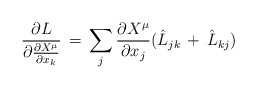
\begin{align*}\frac{\partial L}{\partial \frac{\partial X^\mu}{\partial x_k}}\,=\,\sum_j\frac{\partial X^\mu}{\partial x_j}(\hat L_{jk}\,+\,\hat L_{kj})\end{align*}